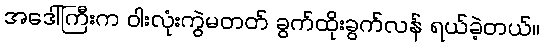
အဒေါ်ကြီးက ဝါးလုံးကွဲမတတ် ခွက်ထိုးခွက်လန် ရယ်ခဲ့တယ်။